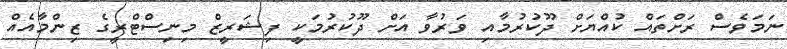
ނަމަވެސް ރަށްތައް ކުއްޔަށް ދޫކުރުމާއި ވަރުވާ އަށް ދޫކުރުމަކީ ފިޝަރީޒް މިނިސްޓްރީގެ ޒިންމާއެއް